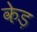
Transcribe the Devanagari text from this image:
केड़